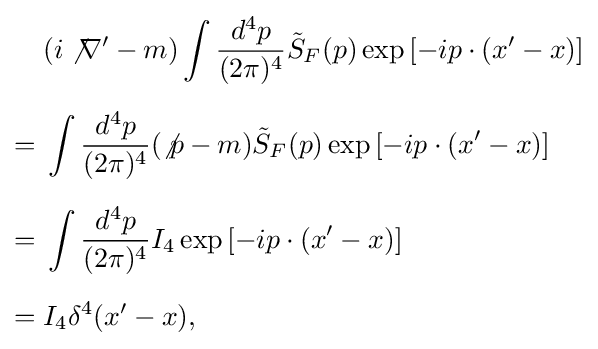
{\begin{aligned}&(i\not \nabla '-m)\int {\frac {d^{4}p}{(2\pi )^{4}}}{\tilde {S}}_{F}(p)\exp {\left[-ip\cdot (x'-x)\right]}\\[6pt]={}&\int {\frac {d^{4}p}{(2\pi )^{4}}}(\not p-m){\tilde {S}}_{F}(p)\exp {\left[-ip\cdot (x'-x)\right]}\\[6pt]={}&\int {\frac {d^{4}p}{(2\pi )^{4}}}I_{4}\exp {\left[-ip\cdot (x'-x)\right]}\\[6pt]={}&I_{4}\delta ^{4}(x'-x),\end{aligned}}